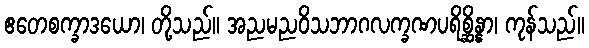
ဧတေစက္ခာဒယော၊ တို့သည်။ အညမညဝိသဘာဂလက္ခဏပရိစ္ဆိန္နာ၊ ကုန်သည်။